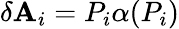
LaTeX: \delta\mathbf{A}_{i}=P_{i}\alpha(P_{i})